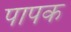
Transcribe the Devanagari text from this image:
पापक